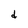
Character: d